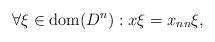
LaTeX: \begin{align*} \forall \xi \in \mathrm{dom}(D^n): x \xi = x_{nn} \xi, \end{align*}